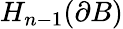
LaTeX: H_{n-1}(\partial B)